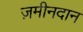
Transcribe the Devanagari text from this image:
ज़मीनदान